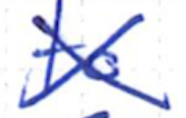
Text: to
Cross-out: cross
Writing tool: ballpoint